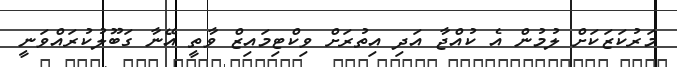
މަރުކަޒަކަށް ލުމުން އެ ކުއްޖާ އަދި އިތުރަށް ވިކްޓިމައިޒް ވާތީ އޭނާ ގަބޫލުކުރައްވަނީ